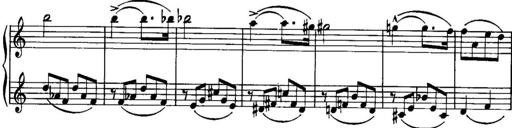
Title: Piano Sonatina No.1, Op.146
Composer: Stephen Heller